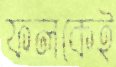
ফলকেই